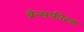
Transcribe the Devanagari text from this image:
ब्रॅन्सफील्ड